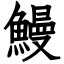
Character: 鰻